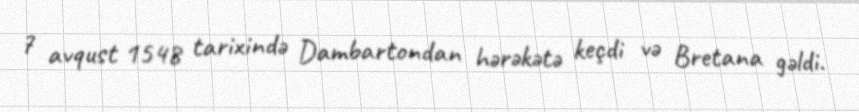
7 avqust 1548 tarixində Dambartondan hərəkətə keçdi və Bretana gəldi.